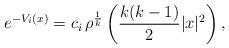
LaTeX: \begin{align*} e^{-V_i(x)} = c_i\, \rho^{\frac{1}{k}} \left( \frac{k(k-1)}{2} |x |^2\right), \end{align*}